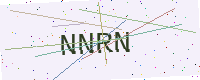
Text: NNRN